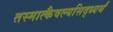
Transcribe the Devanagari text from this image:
तस्मात्कैवल्यसिद्ध्यर्थं